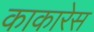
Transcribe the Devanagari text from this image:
काकारेस